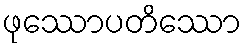
ဖုဿောပတိဿော